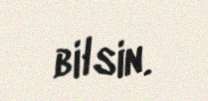
bilsin.